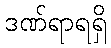
ဒဏ်ရာရရှိ